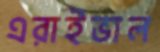
এরাইভাল